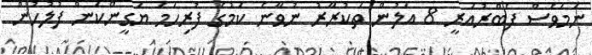
ނަމަވެސް ފެބްރުއަރީ 8 އަލުން ތަކުރާރު ނުވާނެ ކަމުގެ ފުރިހަމަ ޔަގީންކަން ފުލުހުން